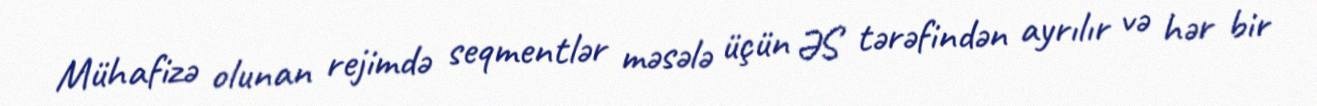
Mühafizə olunan rejimdə seqmentlər məsələ üçün ƏS tərəfindən ayrılır və hər bir